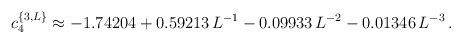
\begin{align*}c_4^{\{3, L\}} \approx-1.74204+0.59213\, L^{-1}-0.09933 \,L^{-2} -0.01346 \, L^{-3}\,.\end{align*}